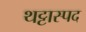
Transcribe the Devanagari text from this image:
थट्टास्पद